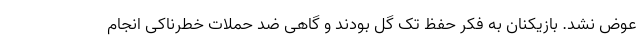
عوض نشد. بازیکنان به فکر حفظ تک گل بودند و گاهی ضد حملات خطرناکی انجام